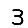
Digit: 3